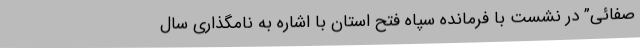
صفائی” در نشست با فرمانده سپاه فتح استان با اشاره به نامگذاری سال